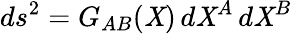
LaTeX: ds^{2}=G_{AB}(\mathit{X})\, d\mathit{X}^{A}\, d\mathit{X}^{B}